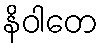
နိဝါတေ